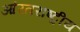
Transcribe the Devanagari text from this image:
आंरतराष्ट्रीय